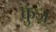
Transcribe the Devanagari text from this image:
कुंज़